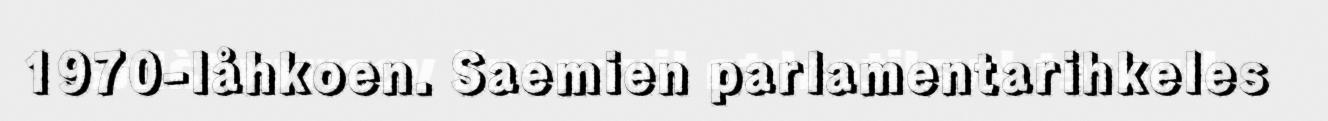
1970-låhkoen. Saemien parlamentarihkeles